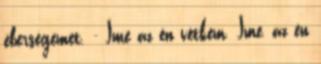
éberségemet. - Íme az én vétkem. Íme, az én